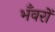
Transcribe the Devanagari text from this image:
भँवरों